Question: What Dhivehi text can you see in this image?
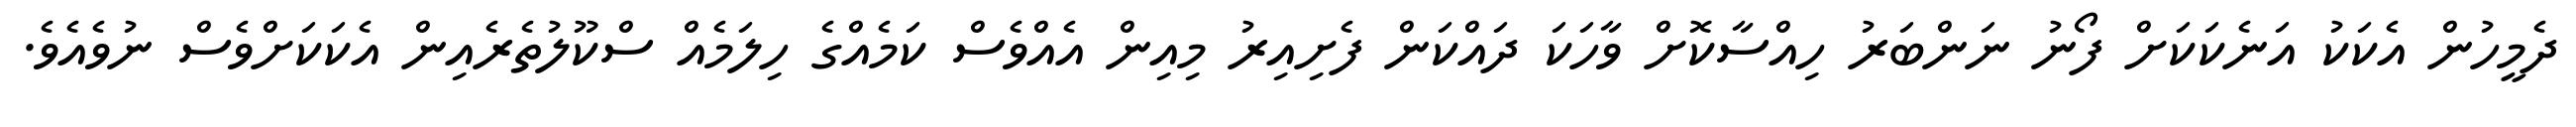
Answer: ދެމީހުން އެކަކު އަނެކަކަށް ފޯނު ނަންބަރު ހިއްސާކޮށް ވާހަކަ ދައްކަން ފެށިއިރު މިއިން އެއްވެސް ކަމެއްގެ ހިލަމެއް ސްކޫލުތެރެއިން އެކަކަށްވެސް ނުވެއެވެ.